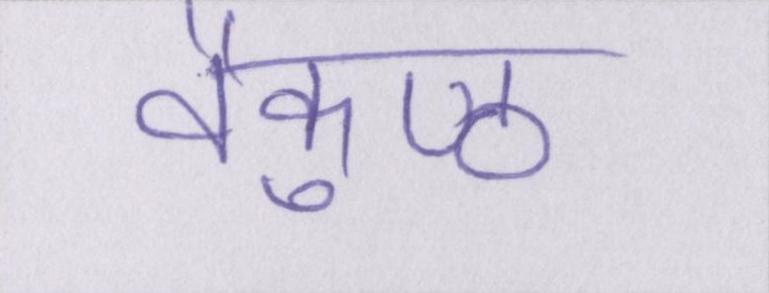
वैकुण्ठ